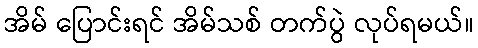
အိမ် ပြောင်းရင် အိမ်သစ် တက်ပွဲ လုပ်ရမယ်။